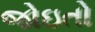
જોઇતો